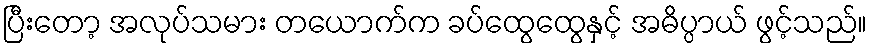
ပြီးတော့ အလုပ်သမား တယောက်က ခပ်ထွေထွေနှင့် အဓိပ္ပာယ် ဖွင့်သည်။